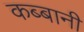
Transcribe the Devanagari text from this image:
कब्बानी